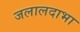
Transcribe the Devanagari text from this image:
जलालदाभा